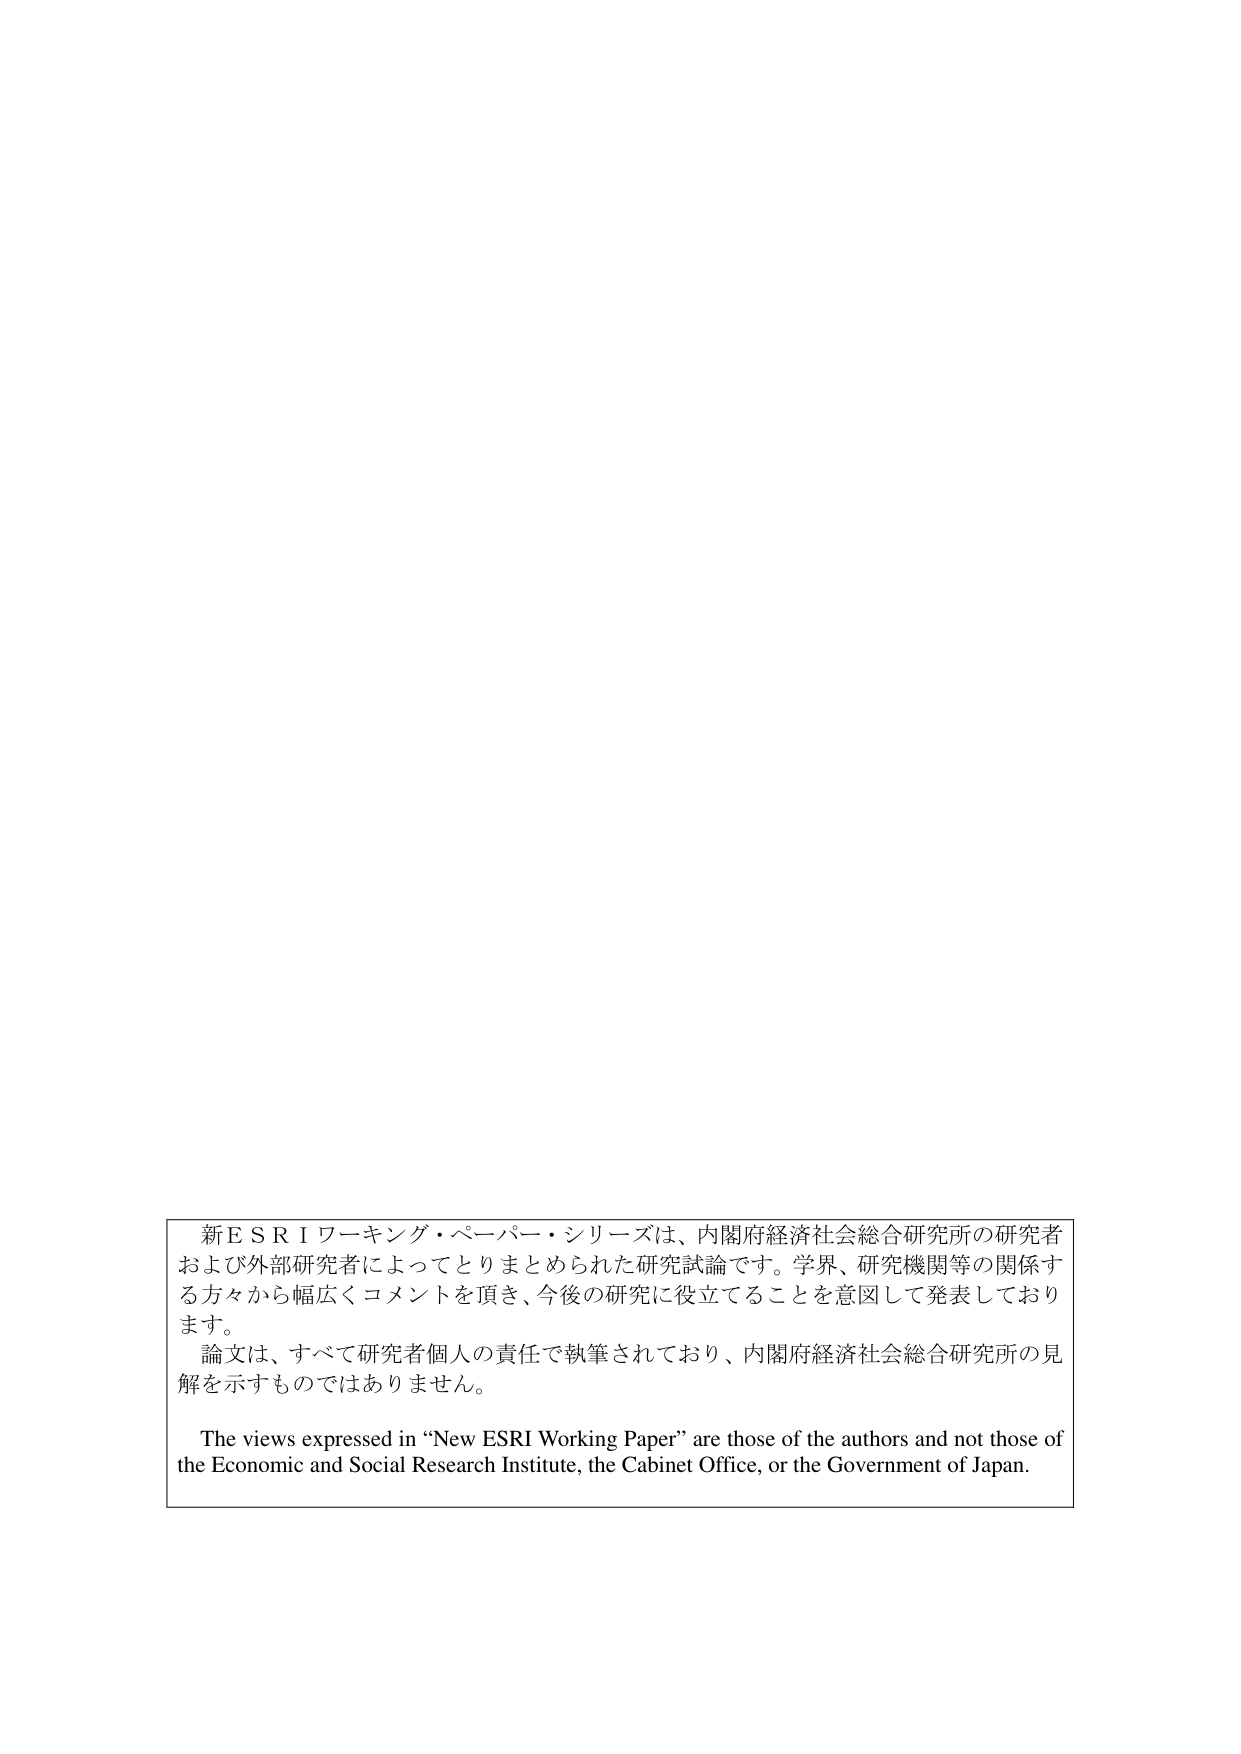
新ＥＳＲＩワーキング・ペーパー・シリーズは、内閣府経済社会総合研究所の研究者および外部研究者によってとりまとめられた研究試論です。学界、研究機関等の関係する方々から幅広くコメントを頂き、今後の研究に役立てることを意図して発表しております。

論文は、すべて研究者個人の責任で執筆されており、内閣府経済社会総合研究所の見解を示すものではありません。

The views expressed in “New ESRI Working Paper” are those of the authors and not those of the Economic and Social Research Institute, the Cabinet Office, or the Government of Japan.